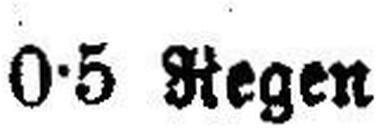
0•5 Regen